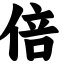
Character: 倍